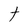
Character: t